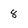
Character: 8